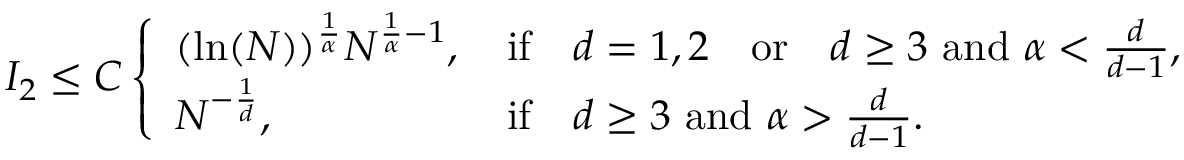
I _ { 2 } \leq C \left\{ \begin{array} { l l } { ( \ln ( N ) ) ^ { \frac { 1 } { \alpha } } N ^ { \frac { 1 } { \alpha } - 1 } , \, } & { \mathrm { i f } \quad d = 1 , 2 \quad \mathrm { o r } \quad d \geq 3 \, \, \mathrm { a n d } \, \, \alpha < \frac { d } { d - 1 } , } \\ { N ^ { - \frac 1 d } , \, } & { \mathrm { i f } \quad d \geq 3 \, \, \mathrm { a n d } \, \, \alpha > \frac { d } { d - 1 } . } \end{array} \right.